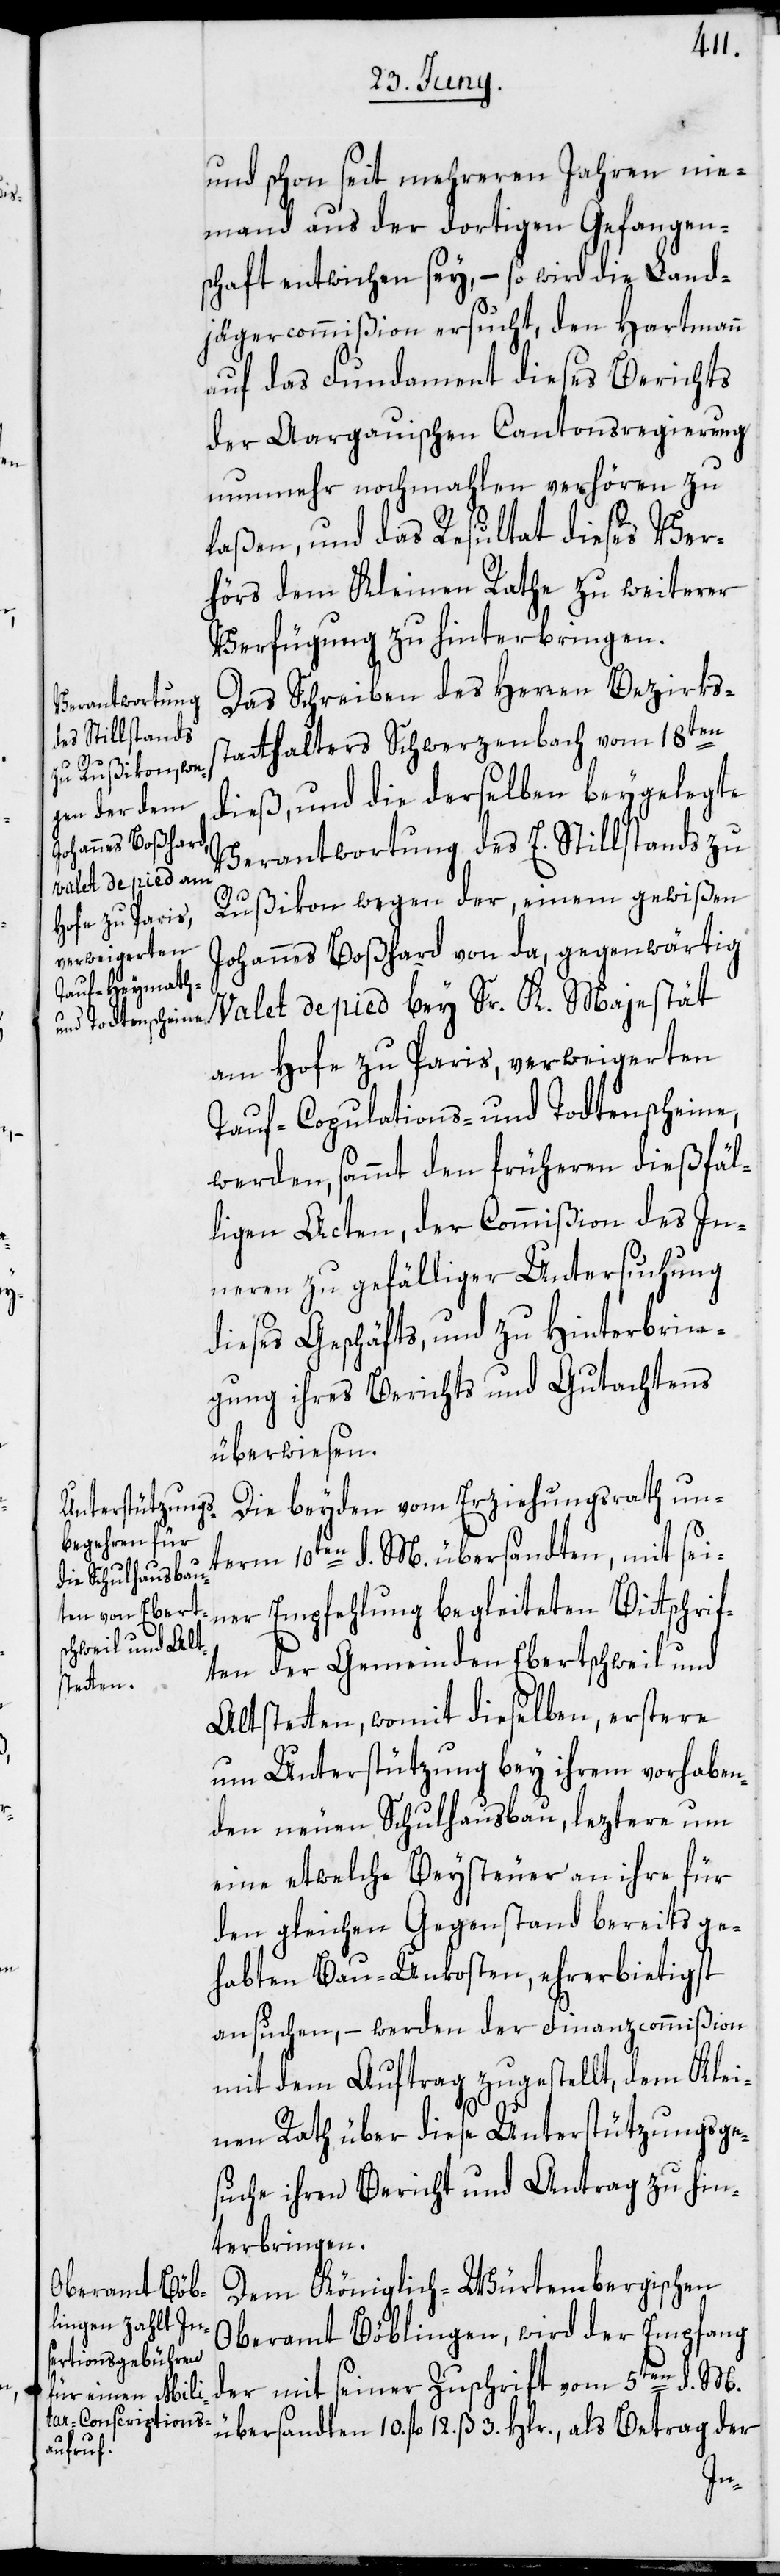
und schon seit mehreren Jahren nie¬
mand aus der dortigen Gefangen¬
schaft entwichen sey, – so wird die Land¬
jägercommißion ersucht, den Hartmann
auf das Fundament dieses Berichts
der Aargauischen Cantonsregierung
nunmehr nochmahlen verhören zu
laßen, und das Resultat dieses Ver¬
hörs dem Kleinen Rathe zu weiterer
Verfügung zu hinterbringen.
Das Schreiben des Herren Bezirks¬
statthalters Schwerzenbach vom 18ten
dieß, und die derselben beygelegte
Verantwortung des E. Stillstands zu
Rußikon wegen der, einem gewißen
Johannes Boßhard von da, gegenwärtig
Valet de pied bey Sr. K. Majestät
am Hofe zu Paris, verweigerten
Copulations- und Todtenscheine,
werden, sammt den früheren dießfäl¬
ligen Acten, der Commißion des In¬
neren zu gefälliger Untersuchung
dieses Geschäfts, und zu Hinterbrin¬
gung ihres Berichts und Gutachtens
überwiesen.
Die beyden vom Erziehungsrath un¬
term 10ten d. M. übersandten, mit sei¬
ner Empfehlung begleiteten Bittschrif¬
ten der Gemeinden Ebertschweil und
Altstetten, womit dieselben, erstere
um Unterstützung bey ihrem vorhaben¬
den neuen Schulhausbau, leztere um
eine etwelche Beysteuer an ihre für
den gleichen Gegenstand bereits ge¬
habten Bau-Unkosten, ehrerbietigst
ansuchen, – werden der Finanzcommißion
mit dem Auftrag zugestellt, dem Klei¬
nen Rath über diese Unterstützungsge¬
suche ihren Bericht und Antrag zu hin¬
terbringen.
Dem Königlich-Würtembergischen
Oberamt Böblingen, wird der Empfang
der mit seiner Zuschrift vom 5ten d. M.
übersandten 10. fl 12. ß 3 Hlr., als Betrag der